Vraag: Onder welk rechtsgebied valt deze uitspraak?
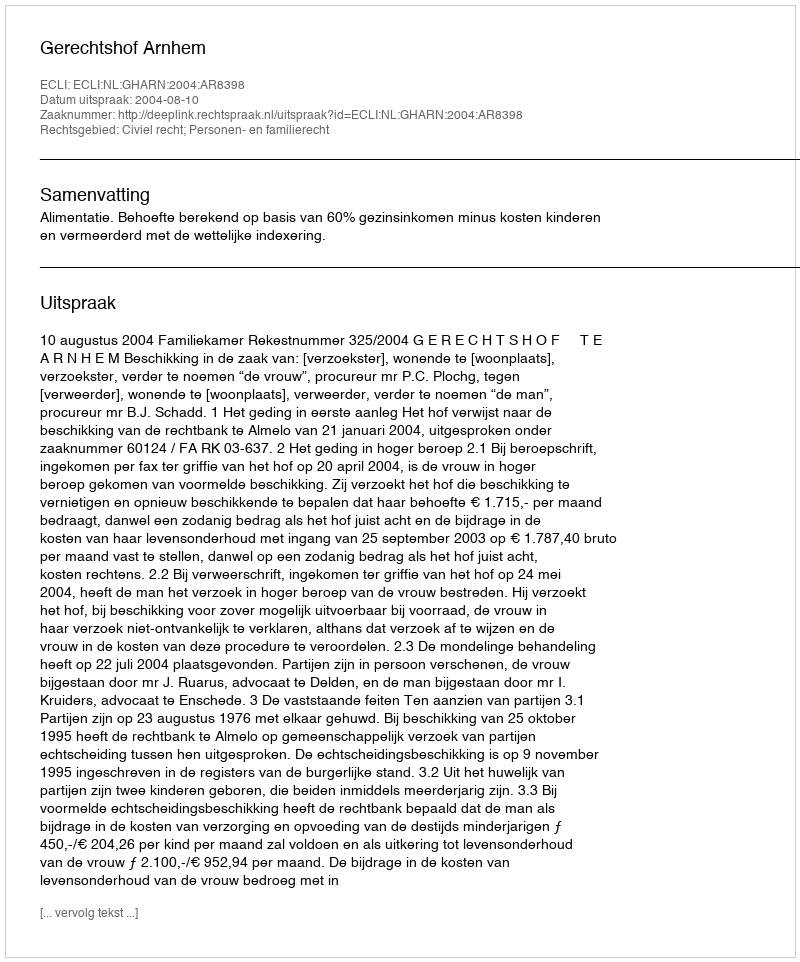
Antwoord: Civiel recht; Personen- en familierecht